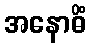
အနောဓိံ